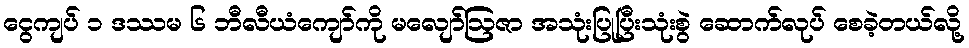
ငွေကျပ် ၁ ဒဿမ ၆ ဘီလီယံကျော်ကို မလျော်ဩဇာ အသုံးပြုပြီးသုံးစွဲ ဆောက်လုပ် စေခဲ့တယ်လို့